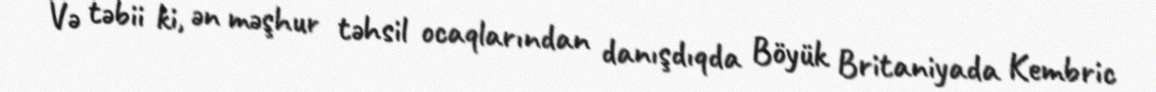
Və təbii ki, ən məşhur təhsil ocaqlarından danışdıqda Böyük Britaniyada Kembric